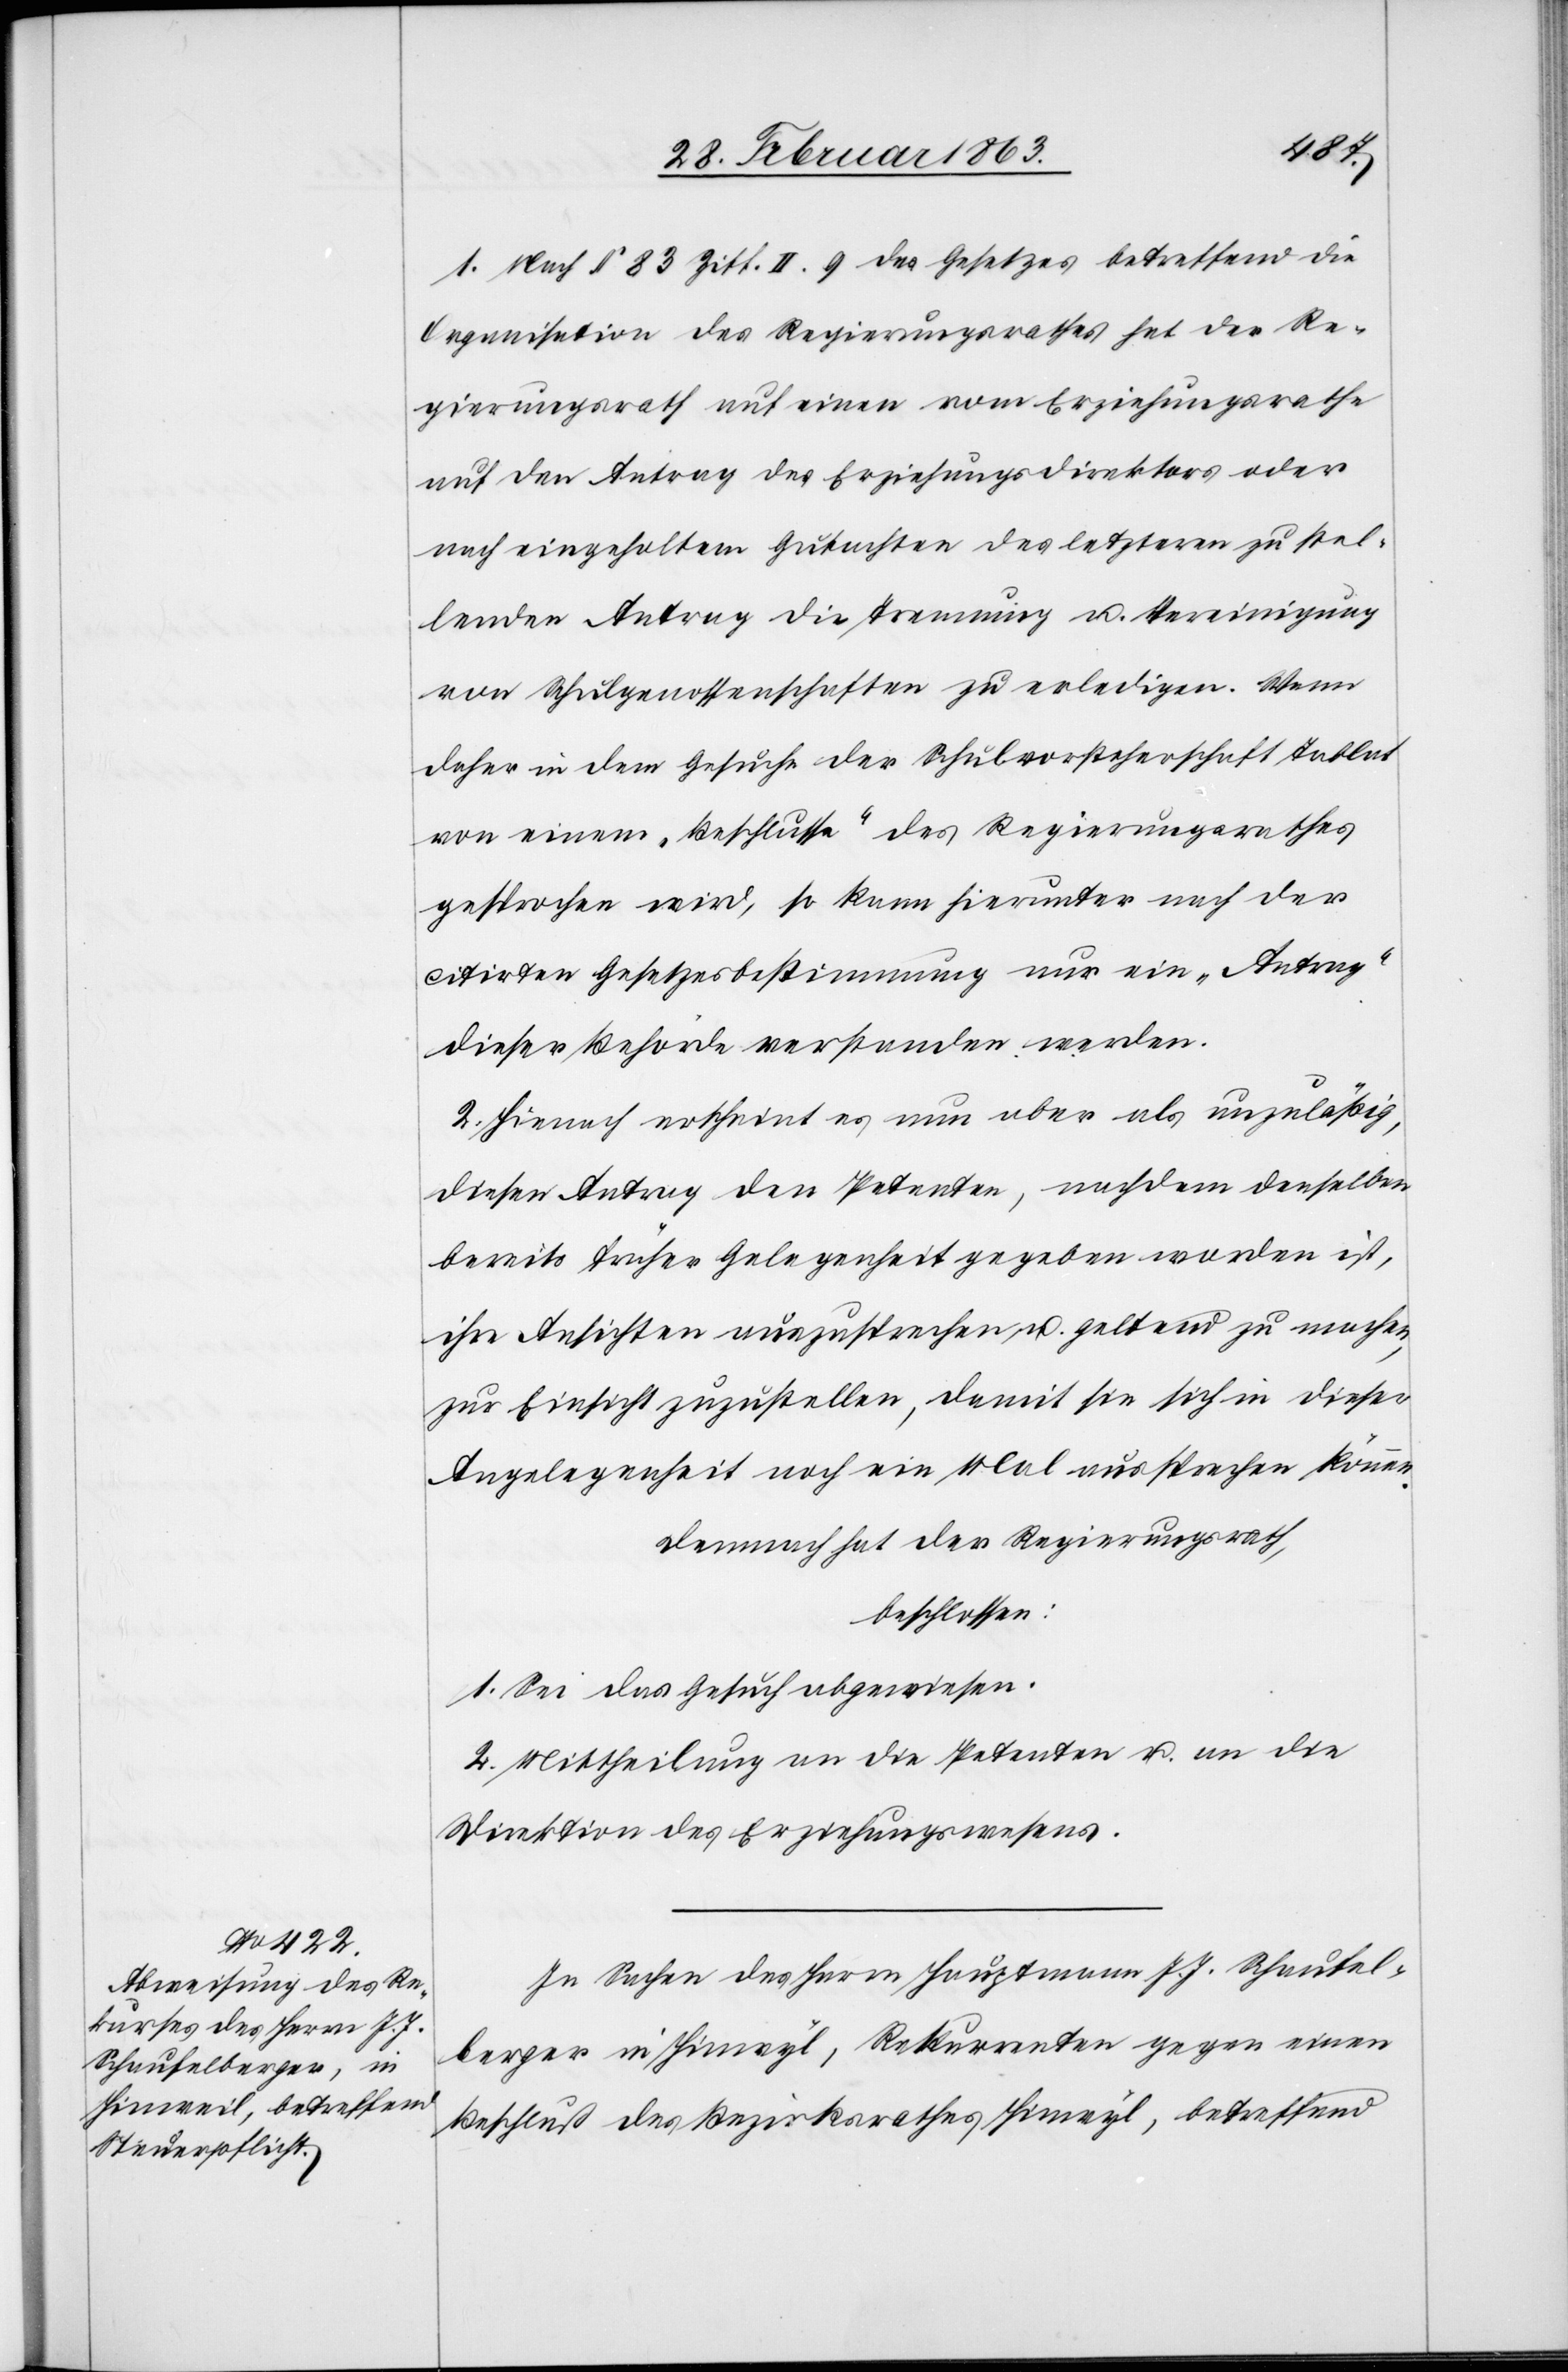
1. Nach § 83 Ziff. II. 9 des Gesetzes betreffend die
Organisation des Regierungsrathes hat der Re¬
gierungsrath auf einen vom Erziehungsrathe
auf den Antrag des Erziehungsdirektor oder
nach eingeholtem Gutachten des letzteren zu stel¬
lenden Antrag die Trennung u. Vereinigung
von Schulgenossenschaften zu erledigen. Wenn
daher in dem Gesuche der Schulvorsteherschaft Tablat
von einem „Beschlusse“ des Regierungsrathes
gesprochen wird, so kann hierunter nach der
citirten Gesetzesbestimmung nur ein „Antrag“
dieser Behörde verstanden werden.
2. Hienach erscheint es nun aber als unzuläßig,
diesen Antrag den Petenten, nachdem denselben
bereits früher Gelegenheit gegeben worden ist,
ihre Ansichten auszusprechen u. geltend zu machen,
zur Einsicht zuzustellen, damit sie sich in dieser
Angelegenheit noch ein Mal aussprechen können.
Demnach hat der Regierungsrath,
beschlossen:
1. Sei das Gesuch abgewiesen.
2. Mittheilung an die Petenten u. an die
Direktion des Erziehungswesens.
In Sachen des Herrn Hauptmann J. J. Schaufel¬
berger in Hinwyl, Rekurrenten gegen einen
Beschluß des Bezirksrathes Hinwyl, betreffend